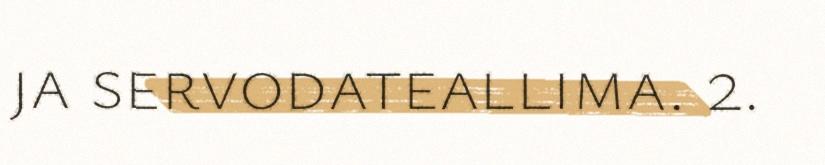
ja servodateallima. 2.